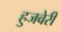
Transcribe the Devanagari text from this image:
हुजवेरी